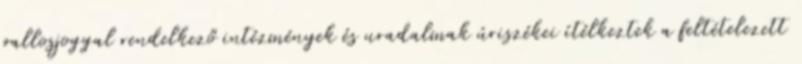
pallosjoggal rendelkező intézmények és uradalmak úriszékei ítélkeztek a feltételezett